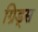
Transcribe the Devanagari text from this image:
ग्रिड्स